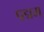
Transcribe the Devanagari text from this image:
पद्मम